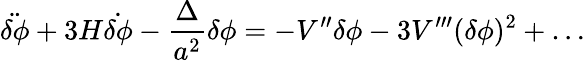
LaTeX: \ddot{\delta\phi}+3H\dot{\delta\phi}-\frac{\Delta}{a^{2}}\delta\phi=-V^{\prime\prime}\delta\phi-3V^{\prime\prime\prime}(\delta\phi)^{2}+\ldots